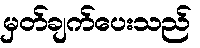
မှတ်ချက်ပေးသည်